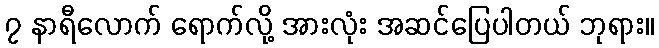
၇ နာရီလောက် ရောက်လို့ အားလုံး အဆင်ပြေပါတယ် ဘုရား။